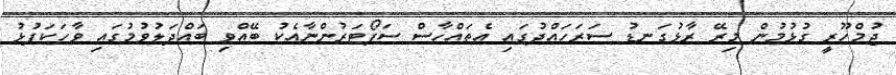
ޖުމްހޫރީ ގުޅުމުން މިރޭ ރާޅުގަނޑު ސަރަހައްދުގައި އެތައްހާސް ސަޕޯޓަރުންނާއެކު ބޭއްވި ބައްދަލުވުމުގައި ވާހަކަފުޅު